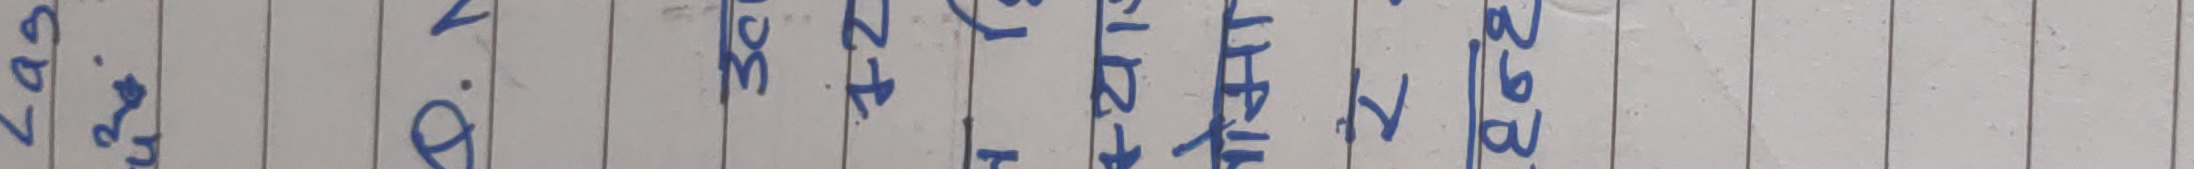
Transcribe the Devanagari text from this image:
७.४३
०.५९
३०.११
१५.१४
२.२३